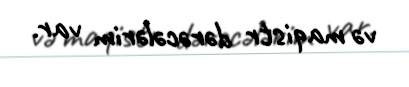
və maqistr dərəcələrim var.